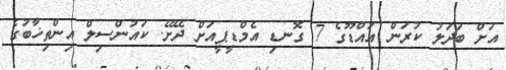
އަށް ބަދަލު ކުރަން އައްޑޫގެ 7 ގޮނޑި އެމްޑީޕީއަށް ދޭށޭ. ކައުންސިލް އިންތިޚާބުގެ